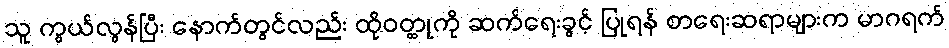
သူ ကွယ်လွန်ပြီး နောက်တွင်လည်း ထိုဝတ္ထုကို ဆက်ရေးခွင့် ပြုရန် စာရေးဆရာများက မာဂရက်